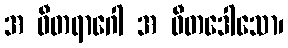
အ ဝီတရာဂေါ အ ဝီတဒေါသော၊